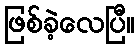
ဖြစ်ခဲ့လေပြီ။